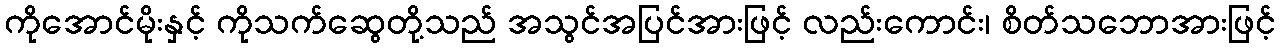
ကိုအောင်မိုးနှင့် ကိုသက်ဆွေတို့သည် အသွင်အပြင်အားဖြင့် လည်းကောင်း၊ စိတ်သဘောအားဖြင့်